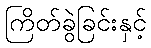
ကြိတ်ခွဲခြင်းနှင့်